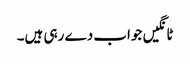
ٹانگیں جواب دے رہی ہیں۔